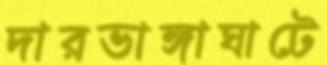
দারভাঙ্গাঘাটে